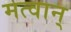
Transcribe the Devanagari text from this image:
मत्वान्